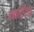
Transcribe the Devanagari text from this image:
चत्वारिंशत्